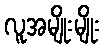
လူအမျိုးမျိုး